Source: Computer-generated
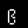
Digit: ၉ (9)